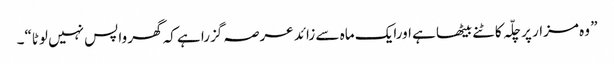
” وہ مزار پر چلّہ کاٹنے بیٹھا ہے اورایک ماہ سے زائد عرصہ گزرا ہے کہ گھر واپس نہیں لوٹا“۔